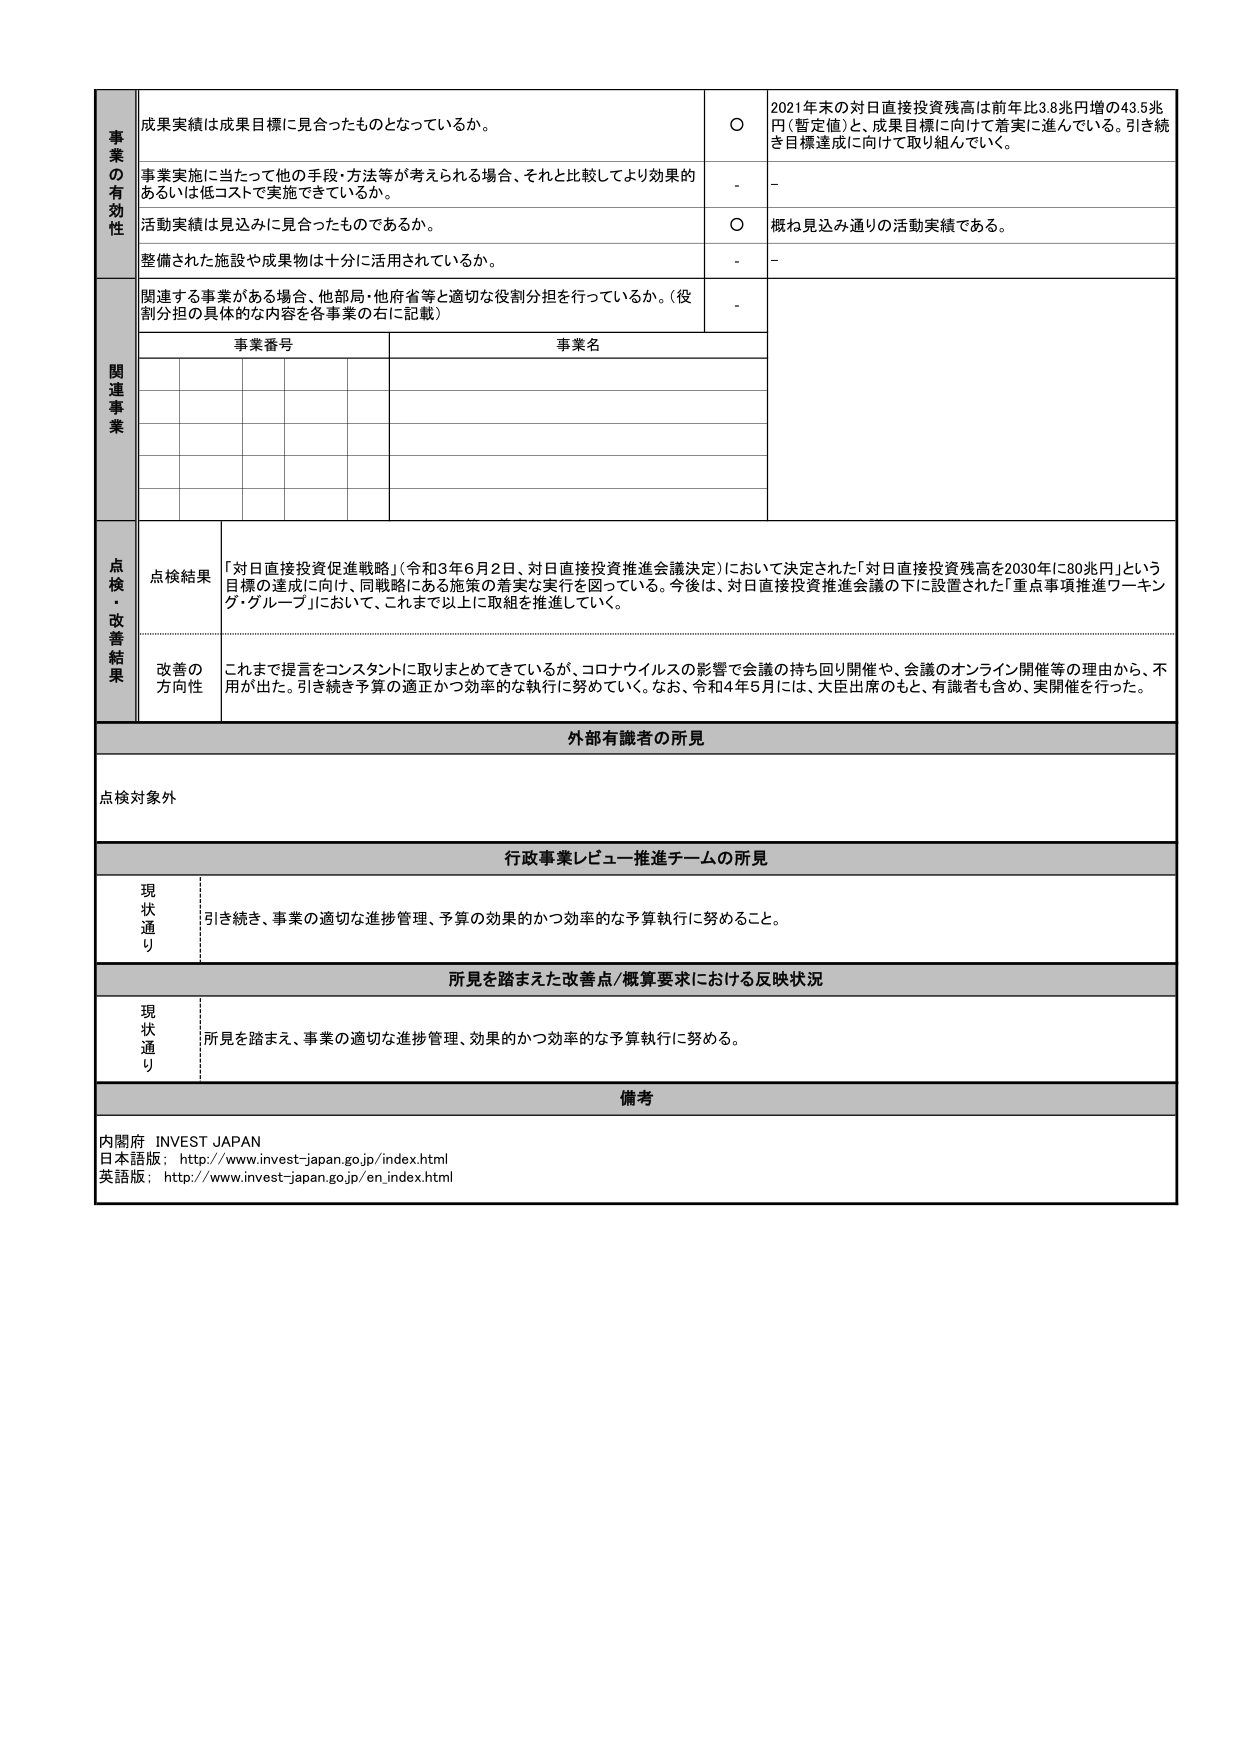
事業の有効性
成果実績は成果目標に見合ったものとなっているか。
○
2021年末の対日直接投資残高は前年比3.8兆円増の43.5兆円（暫定値）と、成果目標に向けて着実に進んでいる。引き続き目標達成に向けて取り組んでいく。
事業実施に当たって他の手段・方法等が考えられる場合、それと比較してより効果的あるいは低コストで実施できているか。
-
-
活動実績は見込みに見合ったものであるか。
○
概ね見込み通りの活動実績である。
整備された施設や成果物は十分に活用されているか。
-
-
関連事業
関連する事業がある場合、他部局・他府省等と適切な役割分担を行っているか。（役割分担の具体的な内容を各事業の右に記載）
-
事業番号
事業名

点検・改善結果
点検結果
「対日直接投資促進戦略」（令和3年6月2日、対日直接投資推進会議決定）において決定された「対日直接投資残高を2030年に80兆円」という目標の達成に向け、同戦略にある施策の着実な実行を図っている。今後は、対日直接投資推進会議の下に設置された「重点事項推進ワーキング・グループ」において、これまで以上に取組を推進していく。
改善の方向性
これまで提言をコンスタントに取りまとめできているが、コロナウイルスの影響で会議の持ち回り開催や、会議のオンライン開催等の理由から、不用が出た。引き続き予算の適正かつ効率的な執行に努めていく。なお、令和4年5月には、大臣出席のもと、有識者も含め、実開催を行った。

外部有識者の所見
点検対象外

行政事業レビュー推進チームの所見
現状通り
引き続き、事業の適切な進捗管理、予算の効果的かつ効率的な予算執行に努めること。

所見を踏まえた改善点/概算要求における反映状況
現状通り
所見を踏まえ、事業の適切な進捗管理、効果的かつ効率的な予算執行に努める。

備考
内閣府 INVEST JAPAN
日本語版：http://www.invest-japan.go.jp/index.html
英語版：http://www.invest-japan.go.jp/en_index.html